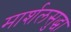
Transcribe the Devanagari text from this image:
मार्शलसुद्धा